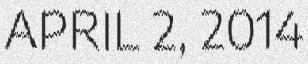
APRIL 2, 2014